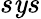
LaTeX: s\mathit{y}s